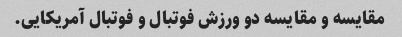
مقایسه و مقایسه دو ورزش فوتبال و فوتبال آمریکایی.